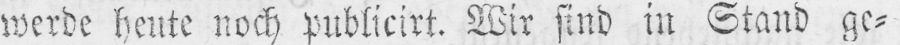
werde heute noch publicirt. Wir sind in Stand ge⸗